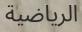
الرياضية